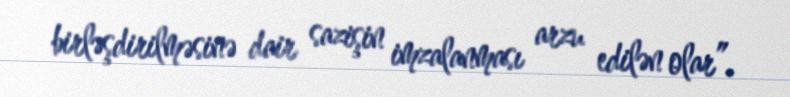
birləşdirilməsinə dair sazişin imzalanması arzu edilən olar”.